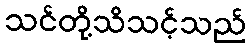
သင်တို့သိသင့်သည်